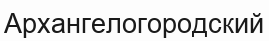
Архангелогородский